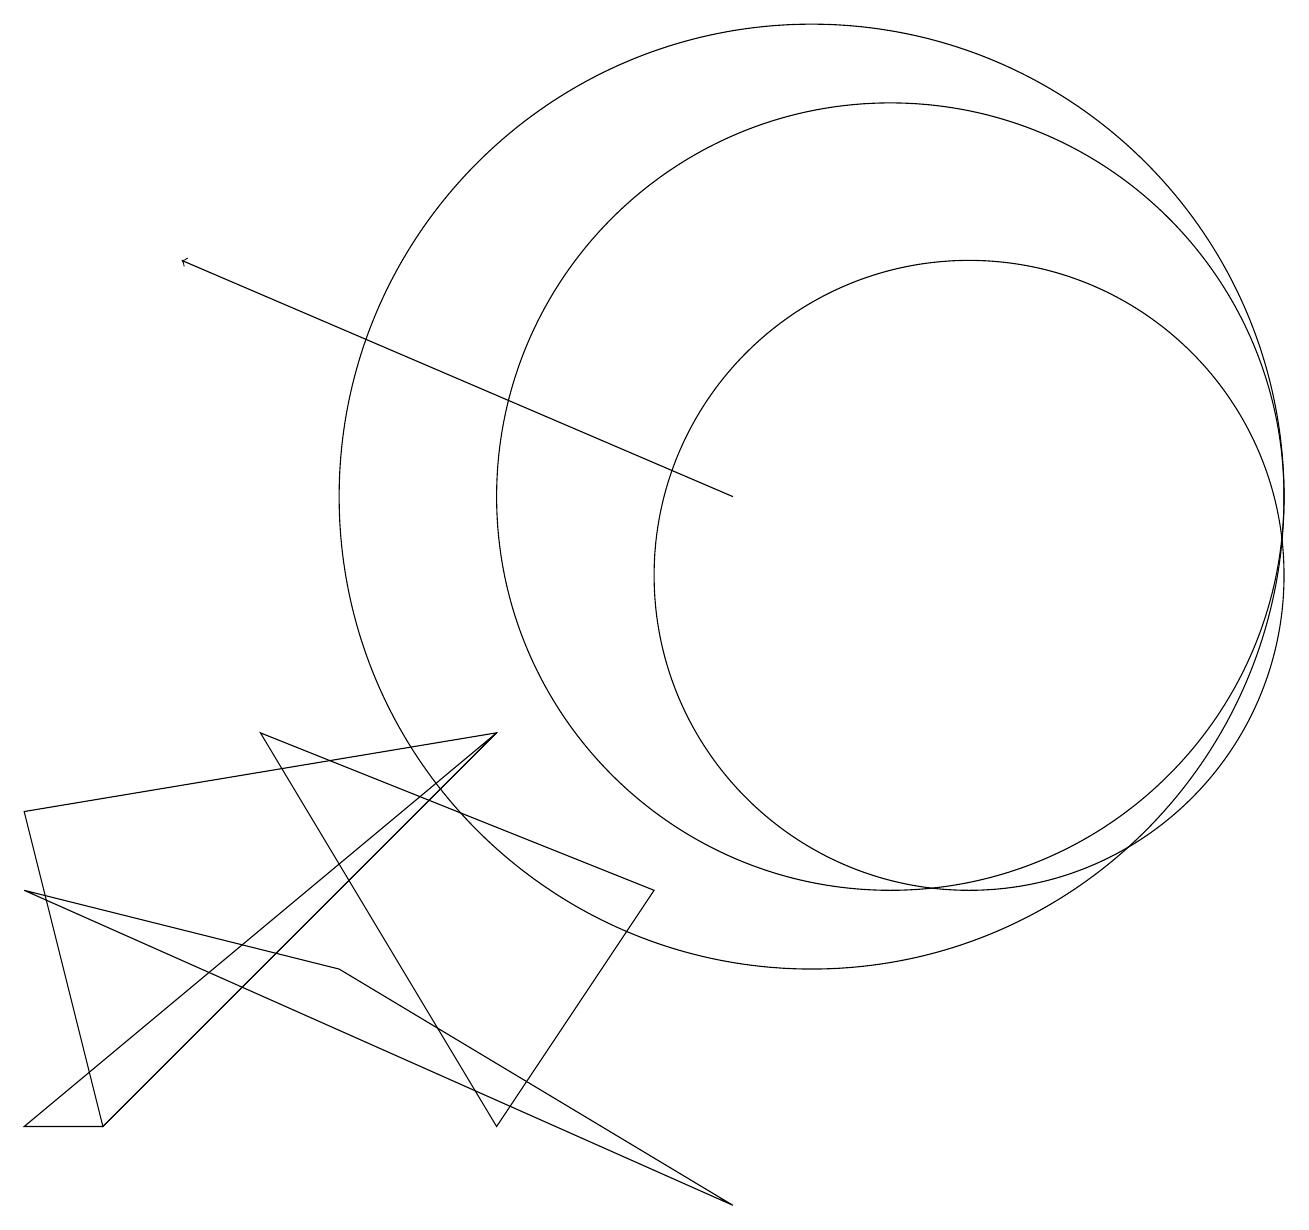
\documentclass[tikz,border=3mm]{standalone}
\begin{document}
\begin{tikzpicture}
\draw (12,11) circle (4);
\draw[->] (9,12) -- (2,15);
\draw (0,4) -- (6,9) -- (1,4) -- cycle;
\draw (0,7) -- (4,6) -- (9,3) -- cycle;
\draw (11,12) circle (5);
\draw (10,12) circle (6);
\draw (8,7) -- (6,4) -- (3,9) -- cycle;
\draw (6,9) -- (0,8) -- (1,4) -- cycle;
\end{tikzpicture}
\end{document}